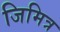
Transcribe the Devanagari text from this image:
जिमित्र